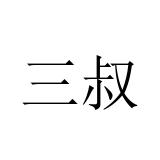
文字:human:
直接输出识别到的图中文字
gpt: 三叔